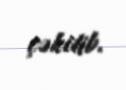
çəkilib.